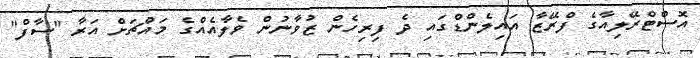
އޮސްޓްރޭލިއާގެ ފްރޭޒާ އައިލެންޑްގައި ދެ ފިރިހެން ޒުވާނުން ވެލާއެއްގެ މައްޗަށް އަރާ "ސާފް"